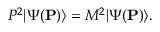
P ^ { 2 } | \Psi ( { \bf P } ) \rangle = M ^ { 2 } | \Psi ( { \bf P } ) \rangle .